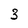
Character: 3